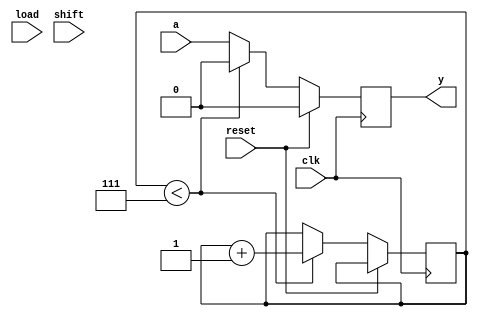
module single_shift(clk,reset,load,shift,a,y);
input a;
input clk;
input reset;
input shift;
input load;
output reg y;

reg [2:0]count;

initial 
begin
count=3'b000;
y<=1'b0;
end

always@(posedge clk) begin

if(reset) 
	y<=1'b0;
	
else  

	begin
	
	if(count<3'b111) begin
		y<=1'b0;
		count<=count+1'b1;
		end
	else 
		y<=a;
		
		
		
	end

	
end
endmodule